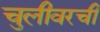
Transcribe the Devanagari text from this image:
चुलीवरची